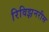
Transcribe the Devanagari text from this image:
रिविझ़नरीस